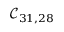
\mathcal { C } _ { 3 1 , 2 8 }